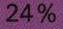
24 %